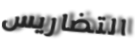
التضاريس